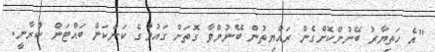
"އެ ހަތިޔާރު ބޭނުންކޮށްގެން ރައްޔިތުން ބޭނުންވާ ގޮތަށް ގައުމުގެ ކަންކަން ބައްޓަން ކުރާނީ.